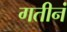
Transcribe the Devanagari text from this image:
गतीनं